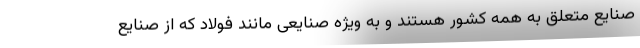
صنایع متعلق به همه کشور هستند و به ویژه صنایعی مانند فولاد که از صنایع